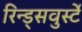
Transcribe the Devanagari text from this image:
रिन्ड्सवुर्स्टे